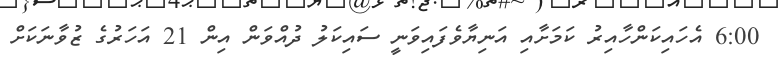
6:00 އެހައިކަންހާއިރު ކަމަށާއި އަނިޔާވެފައިވަނީ ސައިކަލު ދުއްވަން އިން 21 އަހަރުގެ ޒުވާނަކަށް